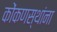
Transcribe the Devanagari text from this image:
कोंकणस्थांना